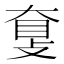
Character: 𥆗